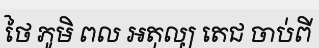
ថៃ ភូមិ ពល អតុល្យ តេជ ចាប់ពី